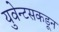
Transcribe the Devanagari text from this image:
युवेन्टसकडून